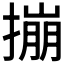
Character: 𪮤